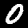
Label: 0